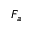
F _ { a }